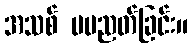
အသစ် မပညတ်ခြင်း။